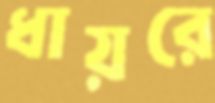
ধায়রে